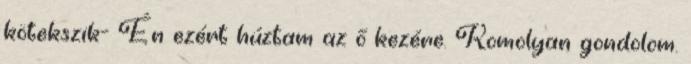
kötekszik- Én ezért húztam az ő kezére. Komolyan gondolom.